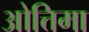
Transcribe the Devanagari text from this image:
ओत्तिमा